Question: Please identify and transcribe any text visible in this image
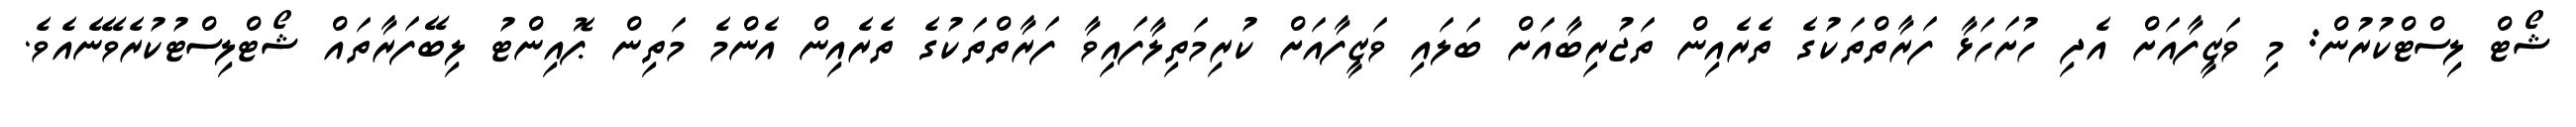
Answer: ޝޯޓް ލިސްޓްކުރުން: މި ވަޒީފާއަށް އެދި ހުށަހަޅާ ފަރާތްތަކުގެ ތެރެއިން ތަޖުރިބާއަށް ބަލައި ވަޒީފާއަށް ކުރިމަތިލާފައިވާ ފަރާތްތަކުގެ ތެރެއިން އެންމެ މަތިން ޕޮއިންޓު ލިބޭފަރާތައް ޝޯޓްލިސްޓުކުރެވޭނެއެވެ.